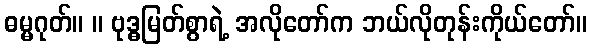
ဓမ္မဂုတ်။ ။ ဗုဒ္ဓမြတ်စွာရဲ့ အလိုတော်က ဘယ်လိုတုန်းကိုယ်တော်။